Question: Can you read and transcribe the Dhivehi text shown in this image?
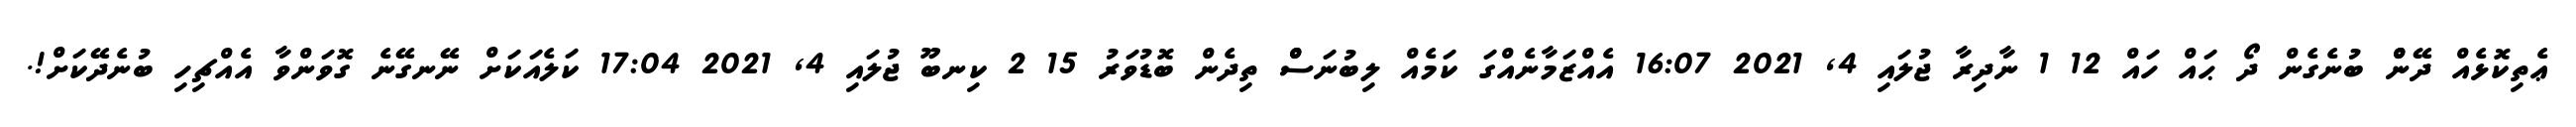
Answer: ޢެތިކޮޅެއް ދޭންް ބުނެގެން ދޯ ޙައް ހައް 12 1 ނާދިރާ ޖުލައި 4, 2021 16:07 އެއްޒަމާނެއްގަ ކަމެއް ލިބުނަސްް ތިދެން ބޮޑުވަރު 15 2 ކިނބޫ ޖުލައި 4, 2021 17:04 ކަލެއަކަށް ނޭނގޭނެ ގޮވަންވާ އެއްޗިހި ބުނެދޭކަށް!.